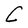
Character: C